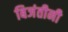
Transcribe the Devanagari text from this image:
बिजंतीनी